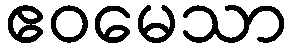
ဧဝမေသာ